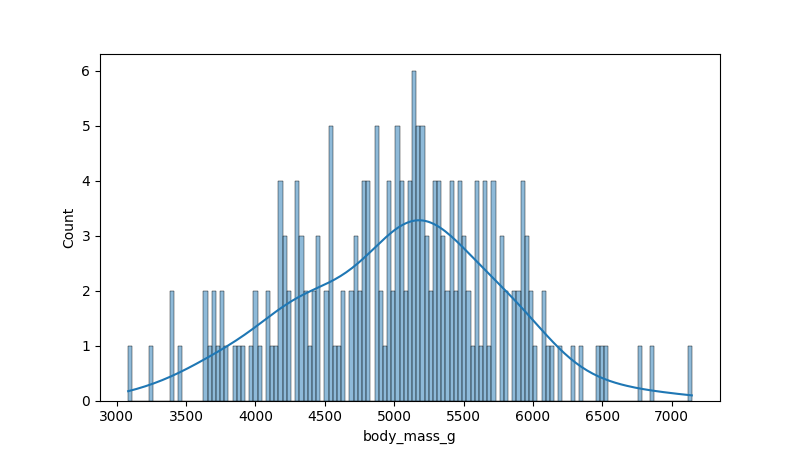
python, seaborn, histplot, hue='all', binwidth=30, bins='10', element='bars'